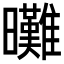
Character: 𣌖